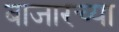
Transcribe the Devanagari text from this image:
बाजारच्या